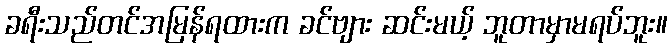
ခရီးသည်တင်အမြန်ရထားက ခင်ဗျား ဆင်းမယ့် ဘူတာမှာမရပ်ဘူး။